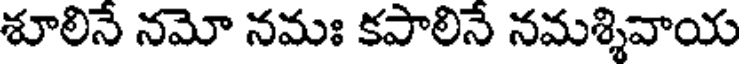
శూలినే నమో నమః కపాలినే నమశ్శివాయ